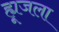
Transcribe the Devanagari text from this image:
ह्यूजला